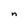
Character: n